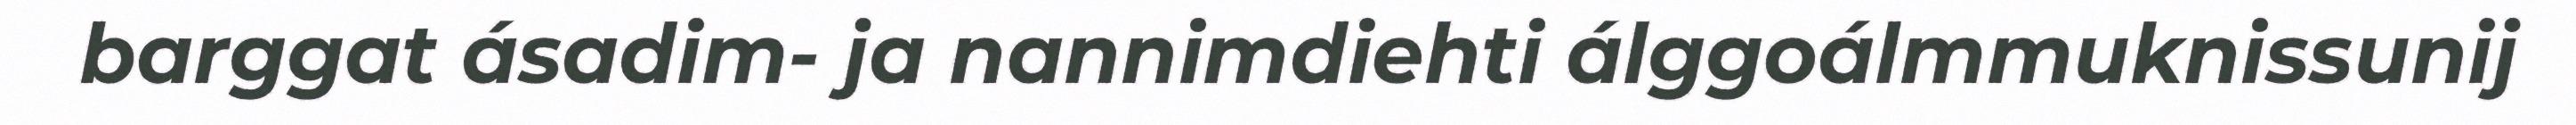
barggat ásadim- ja nannimdiehti álggoálmmuknissunij